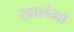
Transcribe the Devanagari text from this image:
खालंगा